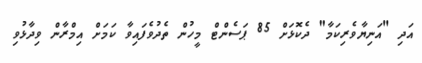
އަދި "އަނިޔާވެރިކަމާ" ދެކޮޅަށް 85 ޕަސެންޓް މީހުން ތެދުވެފައިވާ ކަމަށް އިމްރާން ވިދާޅުވި